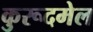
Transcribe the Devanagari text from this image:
कुरूदमेल